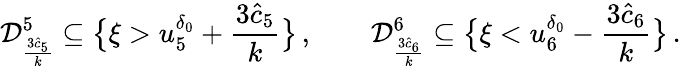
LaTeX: \mathcal{D}_{\frac{3\hat{c}_{5}}{k}}^{5}\subseteq\big\{ \xi>u_{5}^{\delta_{0}}+\frac{3\hat{c}_{5}}{k}\big\} \, ,\qquad\mathcal{D}_{\frac{3\hat{c}_{6}}{k}}^{6}\subseteq\big\{ \xi<u_{6}^{\delta_{0}}-\frac{3\hat{c}_{6}}{k}\big\} \, .